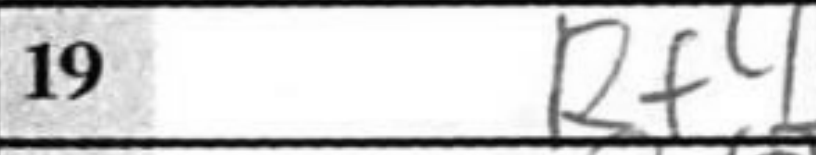
Transcription: Rf4